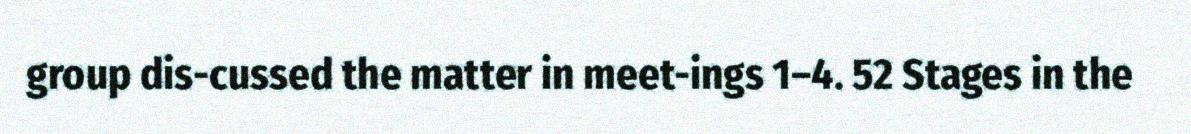
group dis-cussed the matter in meet-ings 1–4. 52 Stages in the